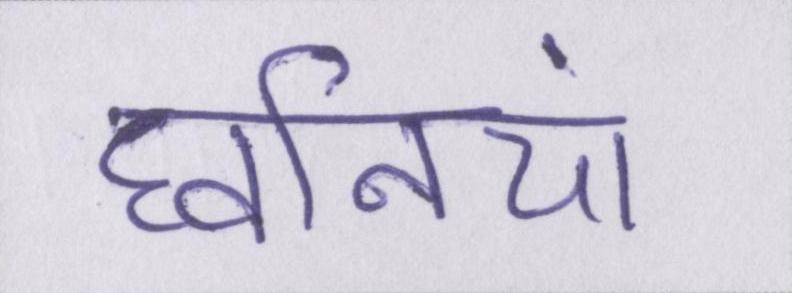
घ्वनियां